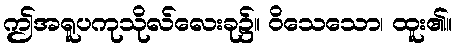
ဤအရူပကုသိုလ်လေးခု၌။ ဝိသေသော၊ ထူး၏။